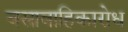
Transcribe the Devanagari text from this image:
वसावाहिकारोध